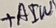
Text: +AIW